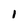
Character: 1